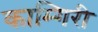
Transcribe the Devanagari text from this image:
काम्गिरी